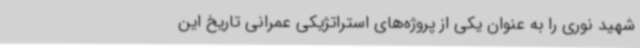
شهید نوری را به عنوان یکی از پروژه‌های استراتژیکی عمرانی تاریخ این